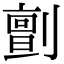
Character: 㔊